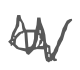
Text: a
Cross-out: zig-zag
Writing tool: digital_gray